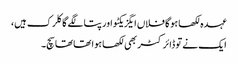
عہدہ لکھا ہوگا فلاں ایگزیکٹو اور پتا لگے گا کلرک ہیں،
ایک نے تو ڈائرکٹر بھی لکھا ہوا تھا تھا سچ۔